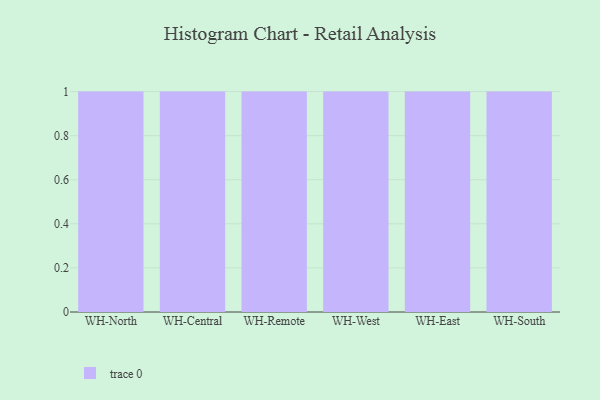
{"axis": {"x": "Warehouse", "y": "Net Income (USD K)"}, "legend": [""], "data": [{"x": "WH-North", "y": 83, "type": ""}, {"x": "WH-Central", "y": 73, "type": ""}, {"x": "WH-Remote", "y": 76, "type": ""}, {"x": "WH-West", "y": 94, "type": ""}, {"x": "WH-East", "y": 76, "type": ""}, {"x": "WH-South", "y": 53, "type": ""}]}